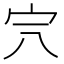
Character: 𡧆